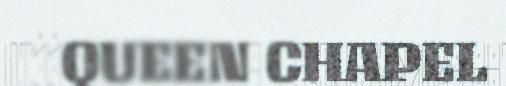
QUEEN CHAPEL